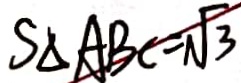
S _ { \Delta } A B C = \sqrt { 3 }